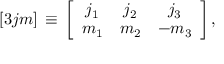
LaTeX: \left[ 3 j m \right] \, \equiv \, \left[ \begin{array} { c c c } { { j _ { 1 } } } & { { j _ { 2 } } } & { { j _ { 3 } } } \\ { { m _ { 1 } } } & { { m _ { 2 } } } & { { - m _ { 3 } } } \end{array} \right] ,